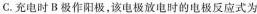
C. 充电时B极作阳极，该电极放电时的电极反应式为